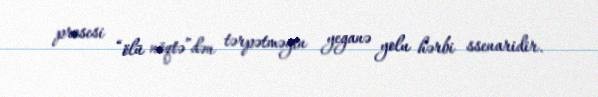
prosesi “ölü nöqtə”dən tərpətməyin yeganə yolu hərbi ssenaridir.